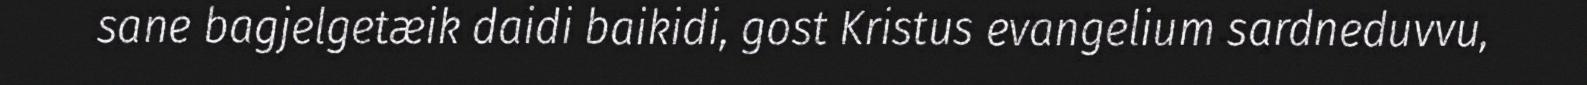
sane bagjelgetæik daidi baikidi, gost Kristus evangelium sardneduvvu,